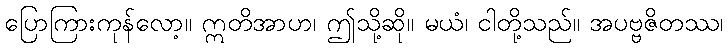
ပြောကြားကုန်လော့။ ဣတိအာဟ၊ ဤသို့ဆို။ မယံ၊ ငါတို့သည်။ အပဗ္ဗဇိတဿ၊